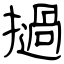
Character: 撾